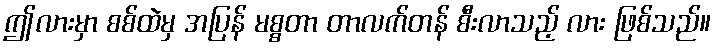
ဤလားမှာ စစ်ထဲမှ အပြန် မစ္စတာ တာလက်တန် စီးလာသည့် လား ဖြစ်သည်။